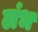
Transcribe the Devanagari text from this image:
लंभ